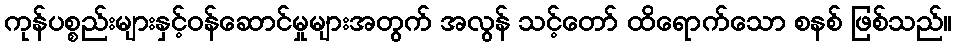
ကုန်ပစ္စည်းများနှင့်ဝန်ဆောင်မှုများအတွက် အလွန် သင့်တော် ထိရောက်သော စနစ် ဖြစ်သည်။